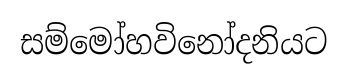
සම්මෝහවිනෝදනියට